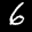
Label: 6